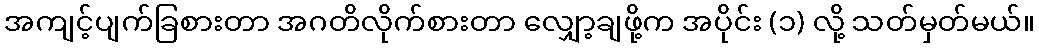
အကျင့်ပျက်ခြစားတာ အဂတိလိုက်စားတာ လျှော့ချဖို့က အပိုင်း (၁) လို့ သတ်မှတ်မယ်။